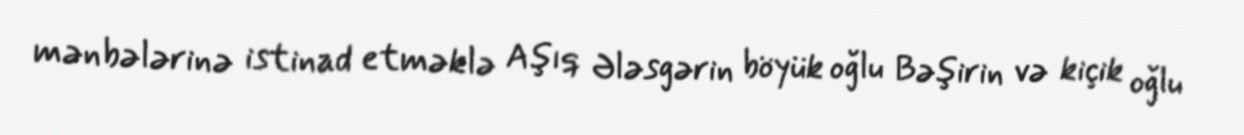
mənbələrinə istinad etməklə Aşıq Ələsgərin böyük oğlu Bəşirin və kiçik oğlu